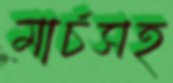
মার্চসহ